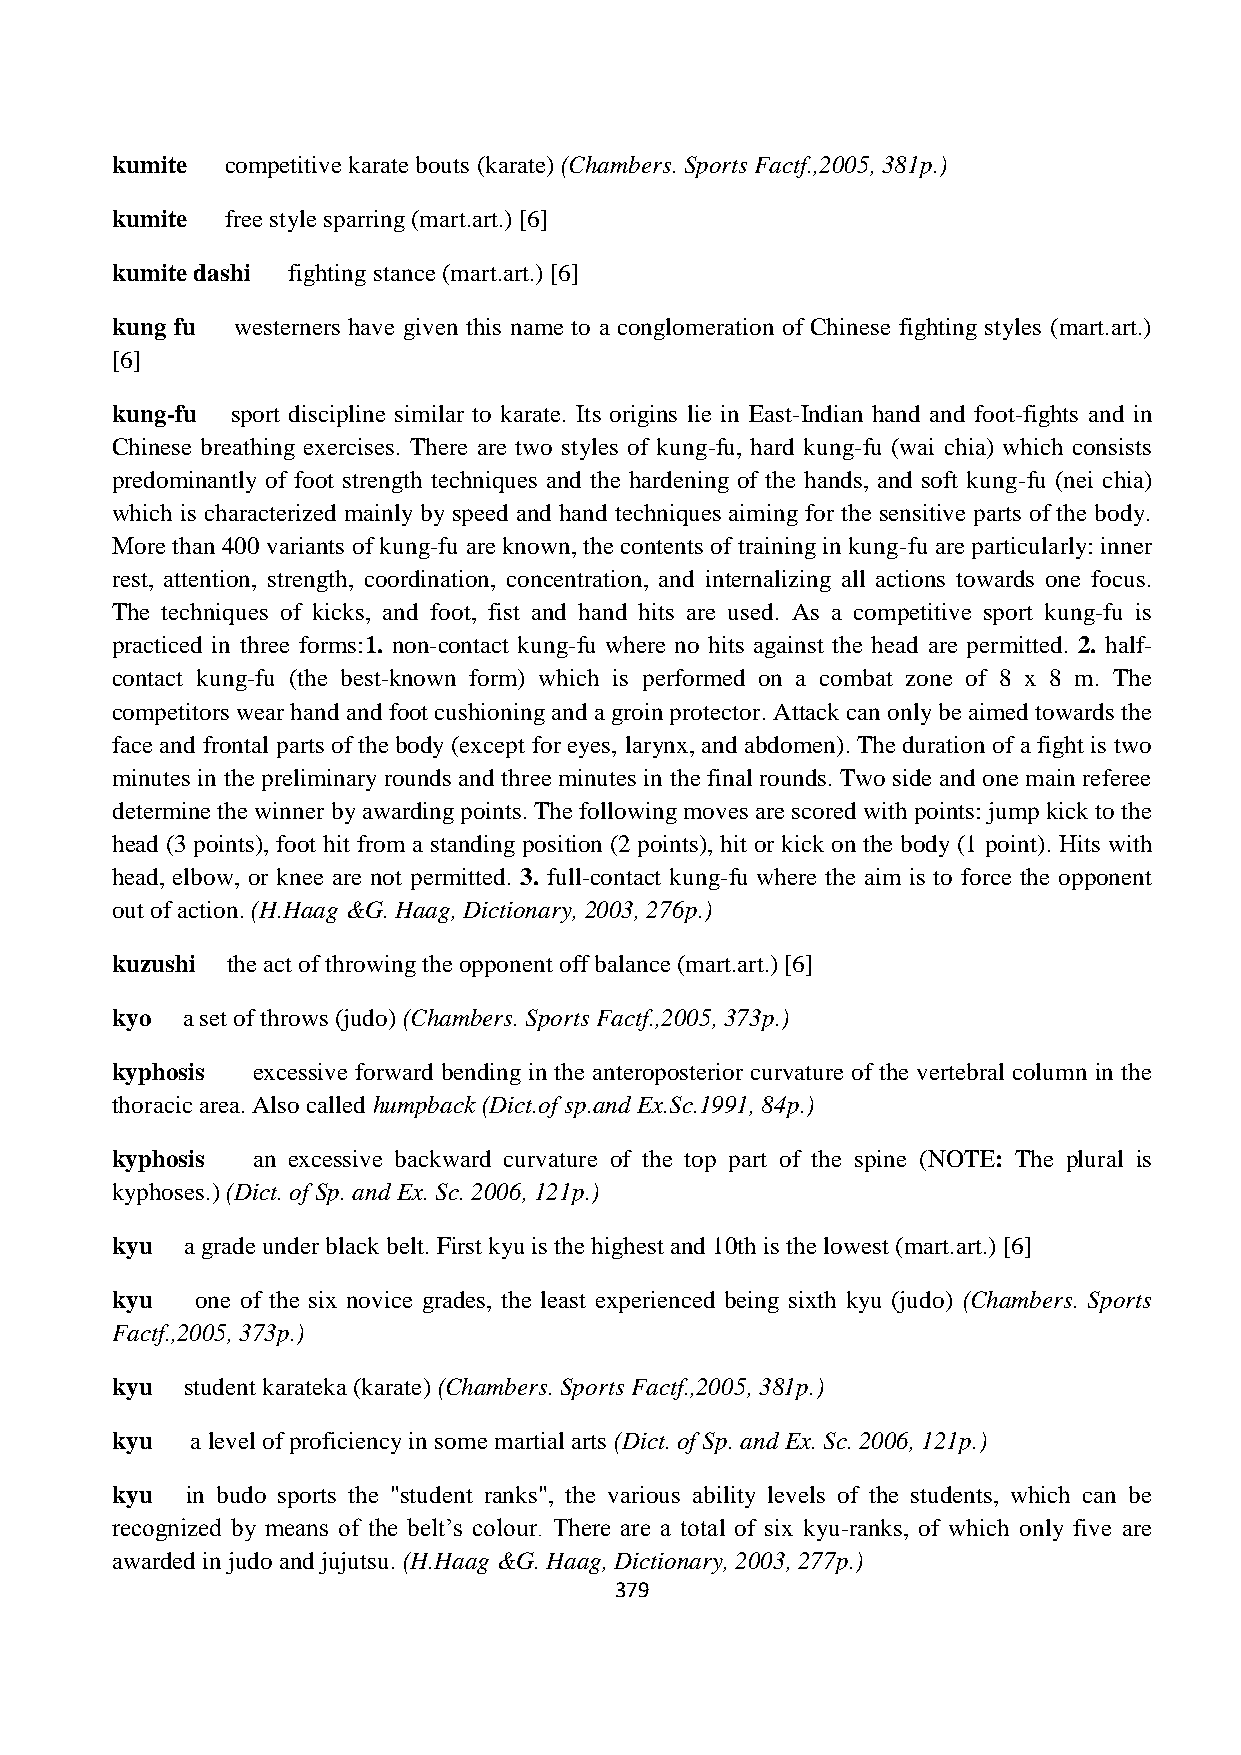
kumite  competitive karate bouts (karate) (Chambers. Sports Factf.,2005, 381p.)
 kumite  free style sparring (mart.art.) [6]
 kumite dashi fighting stance (mart.art.) [6]
 kung fu westerners have given this name to a conglomeration of Chinese fighting styles (mart.art.)
 [6]
 kung-fu sport discipline similar to karate. Its origins lie in East-Indian hand and foot-fights and in
 Chinese breathing exercises. There are two styles of kung-fu, hard kung-fu (wai chia) which consists
 predominantly of foot strength techniques and the hardening of the hands, and soft kung-fu (nei chia)
 which is characterized mainly by speed and hand techniques aiming for the sensitive parts of the body.
 More than 400 variants of kung-fu are known, the contents of training in kung-fu are particularly: inner
 rest, attention, strength, coordination, concentration, and internalizing all actions towards one focus.
 The techniques of kicks, and foot, fist and hand hits are used. As a competitive sport kung-fu is
 practiced in three forms:1. non-contact kung-fu where no hits against the head are permitted. 2. half-
 contact kung-fu (the best-known form) which is performed on a combat zone of 8 x 8 m. The
 competitors wear hand and foot cushioning and a groin protector. Attack can only be aimed towards the
 face and frontal parts of the body (except for eyes, larynx, and abdomen). The duration of a fight is two
 minutes in the preliminary rounds and three minutes in the final rounds. Two side and one main referee
 determine the winner by awarding points. The following moves are scored with points: jump kick to the
 head (3 points), foot hit from a standing position (2 points), hit or kick on the body (1 point). Hits with
 head, elbow, or knee are not permitted. 3. full-contact kung-fu where the aim is to force the opponent
 out of action. (H.Haag &G. Haag, Dictionary, 2003, 276p.)
 kuzushi the act of throwing the opponent off balance (mart.art.) [6]
 kyo  a set of throws (judo) (Chambers. Sports Factf.,2005, 373p.)
 kyphosis  excessive forward bending in the anteroposterior curvature of the vertebral column in the
 thoracic area. Also called humpback (Dict.of sp.and Ex.Sc.1991, 84p.)
 kyphosis  an excessive backward curvature of the top part of the spine (NOTE: The plural is
 kyphoses.) (Dict. of Sp. and Ex. Sc. 2006, 121p.)
 kyu  a grade under black belt. First kyu is the highest and 10th is the lowest (mart.art.) [6]
 kyu   one of the six novice grades, the least experienced being sixth kyu (judo) (Chambers. Sports
 Factf.,2005, 373p.)
 kyu  student karateka (karate) (Chambers. Sports Factf.,2005, 381p.)
 kyu   a level of proficiency in some martial arts (Dict. of Sp. and Ex. Sc. 2006, 121p.)
 kyu  in budo sports the "student ranks", the various ability levels of the students, which can be
 recognized by means of the belt‟s colour. There are a total of six kyu-ranks, of which only five are
 awarded in judo and jujutsu. (H.Haag &G. Haag, Dictionary, 2003, 277p.)
 379